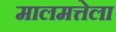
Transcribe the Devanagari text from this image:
मालमत्तेला